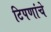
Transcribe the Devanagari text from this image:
टिपणांचे